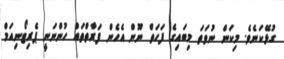
ގުޅޭކަނެވެ. މިކަން ނުވަތަ މިބައިގެ ފަހަތް ނޫން އެހެން ފަރާތްތައް ހުންނަނީ ޕެރިޓޯނިއަމް